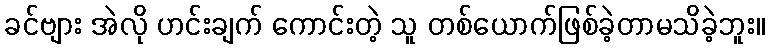
ခင်ဗျား အဲလို ဟင်းချက် ကောင်းတဲ့ သူ တစ်ယောက်ဖြစ်ခဲ့တာမသိခဲ့ဘူး။